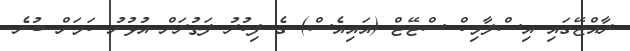
ރާއްޖޭގައި އިސްލާމިކް ސްޓޭޓް (އައިއެސް) ގެ ފިކުރު ފަތުރަން އުޅުނު ކަމަށް ބުނެ